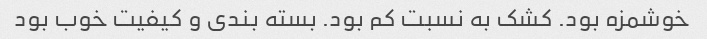
خوشمزه بود. کشک به نسبت کم بود. بسته بندی و کیفیت خوب بود